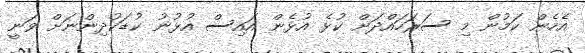
އެހެން ކަމުން މި ސަރަހައްދަށް ކުޅެ އުޅެން އައިސް އުޅުނު ކުޑަކުދިންނަށް ވަނީ